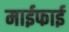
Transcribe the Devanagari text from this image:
माईफाई